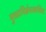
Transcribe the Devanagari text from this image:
मुक्ताभिर्भ्रमरकलिता